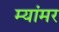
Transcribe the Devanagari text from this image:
म्यांमर